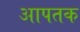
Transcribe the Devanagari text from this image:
आपतक